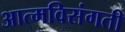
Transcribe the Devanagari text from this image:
आत्मविसंगती